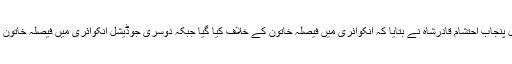
پراسیکیوٹرجنرل پنجاب احتشام قادرشاہ نے بتایا کہ انکوائری میں فیصلہ خاتون کے خلاف کیا گیا جبکہ دوسری جوڈیشل انکوائری میں فیصلہ خاتون کے حق میں آیا۔